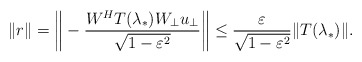
\begin{align*}\| r\|=\bigg\| -\frac{W^{H}T(\lambda_{*})W_{\bot}u_{\bot}}{\sqrt{1-\varepsilon^{2}}}\bigg\|\leq\frac{\varepsilon}{\sqrt{1-\varepsilon^{2}}}\|T(\lambda_{*})\|.\end{align*}